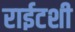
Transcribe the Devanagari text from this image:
राईटशी